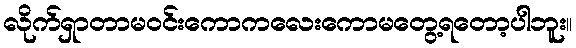
လိုက်ရှာတာမဝင်းကောကလေးကောမတွေ့ရတော့ပါဘူး။